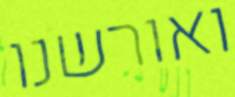
ואורשנו